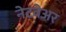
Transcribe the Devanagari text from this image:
नेटवेअर